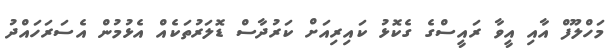
މަހްލޫފް އާއި އީވާ ރައީސްގެ ގެކޮޅު ކައިރިއަށް ކަރުދާސް ޑޮލަރުތަކެއް އެޅުމުން އެސަރަހައްދު